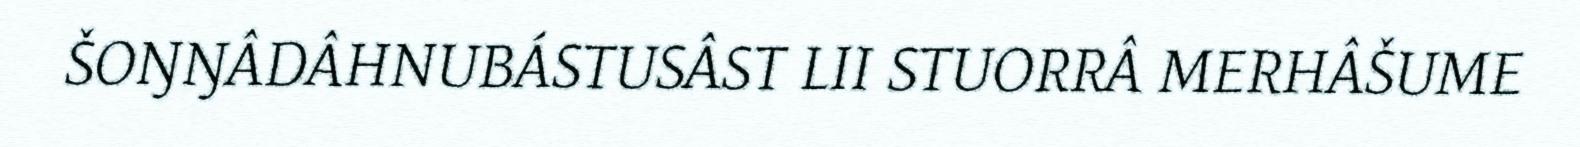
ŠOŊŊÂDÂHNUBÁSTUSÂST LII STUORRÂ MERHÂŠUME